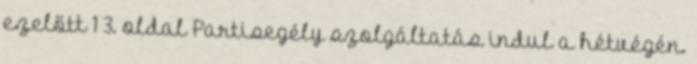
ezelőtt 1 3. oldal Partisegély szolgáltatás indul a hétvégén.